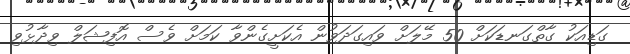
ގަޑިއަކު ގާތްގަނޑަކަށް 50 މޭލަށް ވައިގަދަވުން އެކަށީގެންވާ ކަމަށް ވެސް އޮފިޝަލް ވިދާޅުވި